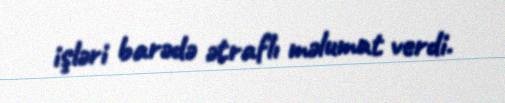
işləri barədə ətraflı məlumat verdi.